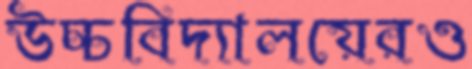
উচ্চবিদ্যালয়েরও